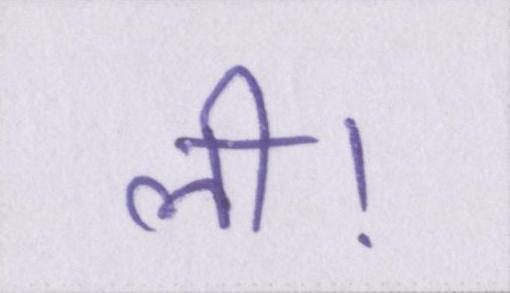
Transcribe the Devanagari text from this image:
ली।